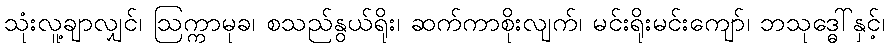
သုံးလူ့ချာလျှင်၊ ဩက္ကာမုခ၊ စသည်နွယ်ရိုး၊ ဆက်ကာစိုးလျက်၊ မင်းရိုးမင်းကျော်၊ ဘသုဒ္ဓေါ်နှင့်၊